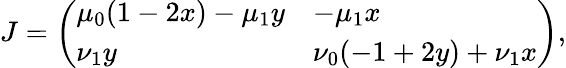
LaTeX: J=\left(\begin{array}{ll}{\mu_{0}(1-2x)-\mu_{1}y}&{-\mu_{1}x}\\ {\nu_{1}y}&{\nu_{0}(-1+2y)+\nu_{1}x}\end{array}\right),